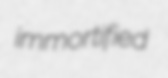
immortified